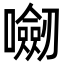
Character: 𭌝